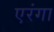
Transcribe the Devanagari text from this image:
एरंगा